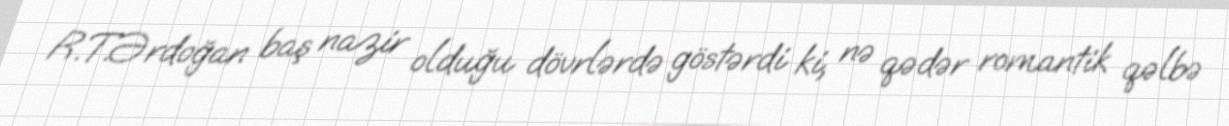
R.T.Ərdoğan baş nazir olduğu dövrlərdə göstərdi ki, nə qədər romantik qəlbə